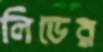
লিডের